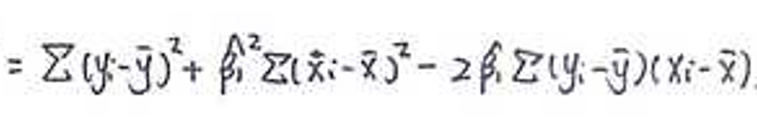
\[
= \sum (y_i - \bar{y})^2 + \hat{\beta}_1^2 \sum (x_i - \bar{x})^2 - 2\hat{\beta}_1 \sum (y_i - \bar{y})(x_i - \bar{x})
\]